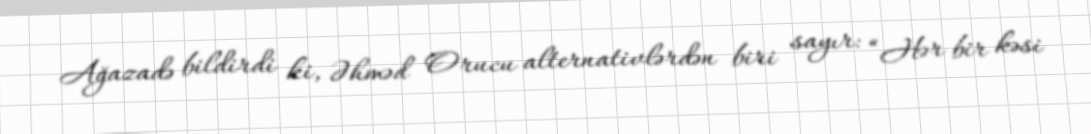
Ağazadə bildirdi ki, Əhməd Orucu alternativlərdən biri sayır: “Hər bir kəsi